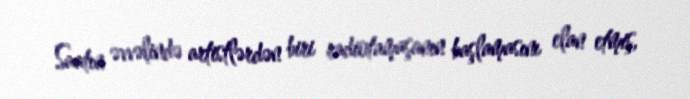
Saatın əvvəlində artistlərdən biri radiotamaşanın başlamasını elan etmiş,